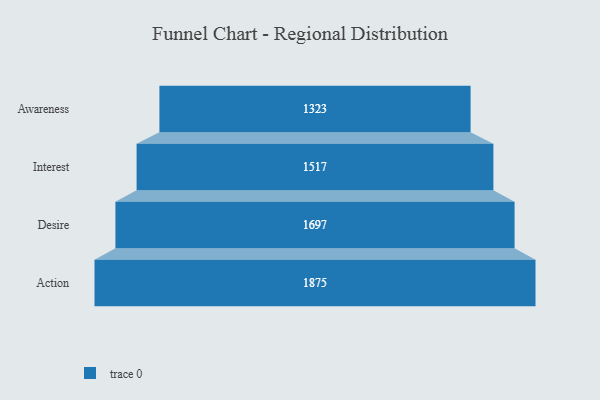
{"axis": {"x": "Stage", "y": "Value"}, "legend": [""], "data": [{"x": "Awareness", "y": 1323.0, "type": ""}, {"x": "Interest", "y": 1517.0, "type": ""}, {"x": "Desire", "y": 1697.0, "type": ""}, {"x": "Action", "y": 1875.0, "type": ""}]}